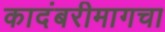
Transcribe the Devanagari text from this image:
कादंबरीमागचा